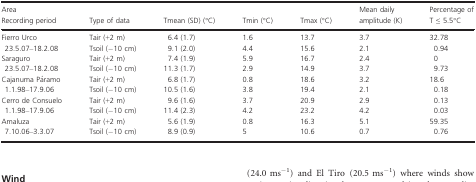
<table><thead><tr><td><b>Area Recording period</b></td><td><b>Type of data</b></td><td><b>Tmean (SD) (°C)</b></td><td><b>Tmin (°C)</b></td><td><b>Tmax (°C)</b></td><td><b>Mean daily amplitude (K)</b></td><td><b>Percentage of T ≤ 5.5°C</b></td></tr></thead><tbody><tr><td rowspan="2">Fierro Urco 23.5.07–18.2.08</td><td>Tair (+2 m)</td><td>6.4 (1.7)</td><td>1.6</td><td>13.7</td><td>3.7</td><td>32.78</td></tr><tr><td>Tsoil (−10 cm)</td><td>9.1 (2.0)</td><td>4.4</td><td>15.6</td><td>2.1</td><td>0.94</td></tr><tr><td rowspan="2">Saraguro 23.5.07–18.2.08</td><td>Tair (+2 m)</td><td>7.4 (1.9)</td><td>5.9</td><td>16.7</td><td>2.4</td><td>0</td></tr><tr><td>Tsoil (−10 cm)</td><td>11.3 (1.7)</td><td>2.9</td><td>14.9</td><td>3.7</td><td>9.73</td></tr><tr><td rowspan="2">Cajanuma Páramo 1.1.98–17.9.06</td><td>Tair (+2 m)</td><td>6.8 (1.7)</td><td>0.8</td><td>18.6</td><td>3.2</td><td>18.6</td></tr><tr><td>Tsoil (−10 cm)</td><td>10.5 (1.6)</td><td>3.8</td><td>19.4</td><td>2.1</td><td>0.18</td></tr><tr><td rowspan="2">Cerro de Consuelo 1.1.98–17.9.06</td><td>Tair (+2 m)</td><td>9.6 (1.6)</td><td>3.7</td><td>20.9</td><td>2.9</td><td>0.13</td></tr><tr><td>Tsoil (−10 cm)</td><td>11.4 (2.3)</td><td>4.2</td><td>23.2</td><td>4.2</td><td>0.03</td></tr><tr><td rowspan="2">Amaluza 7.10.06–3.3.07</td><td>Tair (+2 m)</td><td>5.6 (1.9)</td><td>0.8</td><td>16.3</td><td>5.1</td><td>59.35</td></tr><tr><td>Tsoil (−10 cm)</td><td>8.9 (0.9)</td><td>5</td><td>10.6</td><td>0.7</td><td>0.76</td></tr></tbody></table>